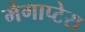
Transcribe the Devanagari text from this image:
मेगाप्टेरा